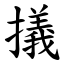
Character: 㩘